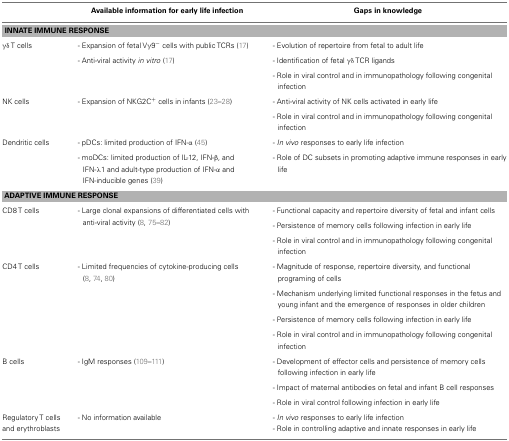
<table><thead><tr><td></td><td><b>Available information for early life infection</b></td><td><b>Gaps in knowledge</b></td></tr></thead><tbody><tr><td colspan="3"><b>INNATE IMMUNE RESPONSE</b></td></tr><tr><td>γδ T cells</td><td>- Expansion of fetal Vγ9<sup>−</sup>cells with public TCRs (17)</td><td>- Evolution of repertoire from fetal to adult life</td></tr><tr><td></td><td>- Anti-viral activity <i>in vitro</i> (17)</td><td>- Identification of fetal γδ TCR ligands</td></tr><tr><td></td><td></td><td>- Role in viral control and in immunopathology following congenital infection</td></tr><tr><td>NK cells</td><td>- Expansion of NKG2C<sup>+</sup> cells in infants (23–28)</td><td>- Anti-viral activity of NK cells activated in early life</td></tr><tr><td></td><td></td><td>- Role in viral control and in immunopathology following congenital infection</td></tr><tr><td>Dendritic cells</td><td>- pDCs: limited production of IFN-α (45)</td><td>- <i>In vivo</i> responses to early life infection</td></tr><tr><td></td><td>- moDCs: limited production of IL-12, IFN-β, and IFN-λ1 and adult-type production of IFN-α and IFN-inducible genes (39)</td><td>- Role of DC subsets in promoting adaptive immune responses in early life</td></tr><tr><td colspan="3"><b>ADAPTIVE IMMUNE RESPONSE</b></td></tr><tr><td>CD8 T cells</td><td>- Large clonal expansions of differentiated cells with anti-viral activity (8, 75–82)</td><td>- Functional capacity and repertoire diversity of fetal and infant cells</td></tr><tr><td></td><td></td><td>- Persistence of memory cells following infection in early life</td></tr><tr><td></td><td></td><td>- Role in viral control and in immunopathology following congenital infection</td></tr><tr><td>CD4 T cells</td><td>- Limited frequencies of cytokine-producing cells (8, 74, 80)</td><td>- Magnitude of response, repertoire diversity, and functional programing of cells</td></tr><tr><td></td><td></td><td>- Mechanism underlying limited functional responses in the fetus and young infant and the emergence of responses in older children</td></tr><tr><td></td><td></td><td>- Persistence of memory cells following infection in early life</td></tr><tr><td></td><td></td><td>- Role in viral control and in immunopathology following congenital infection</td></tr><tr><td>B cells</td><td>- IgM responses (109–111)</td><td>- Development of effector cells and persistence of memory cells following infection in early life</td></tr><tr><td></td><td></td><td>- Impact of maternal antibodies on fetal and infant B cell responses</td></tr><tr><td></td><td></td><td>- Role in viral control following infection in early life</td></tr><tr><td>Regulatory T cells and erythroblasts</td><td>- No information available</td><td>- <i>In vivo</i> responses to early life infection</td></tr><tr><td></td><td></td><td>- Role in controlling adaptive and innate responses in early life</td></tr></tbody></table>